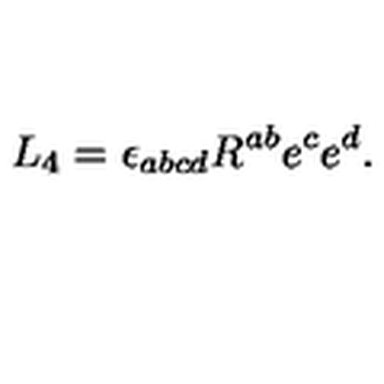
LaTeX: L _ { 4 } = \epsilon _ { a b c d } R ^ { a b } e ^ { c } e ^ { d } .